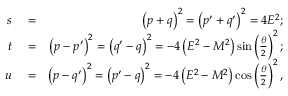
\begin{array} { r l r } { s } & { { } = } & { \left( p + q \right) ^ { 2 } = \left( p ^ { \prime } + q ^ { \prime } \right) ^ { 2 } = 4 E ^ { 2 } ; } \\ { t } & { { } = } & { \left( p - p ^ { \prime } \right) ^ { 2 } = \left( q ^ { \prime } - q \right) ^ { 2 } = - 4 \left( E ^ { 2 } - M ^ { 2 } \right) \sin \left( \frac { \theta } { 2 } \right) ^ { 2 } ; } \\ { u } & { { } = } & { \left( p - q ^ { \prime } \right) ^ { 2 } = \left( p ^ { \prime } - q \right) ^ { 2 } = - 4 \left( E ^ { 2 } - M ^ { 2 } \right) \cos \left( \frac { \theta } { 2 } \right) ^ { 2 } , } \end{array}